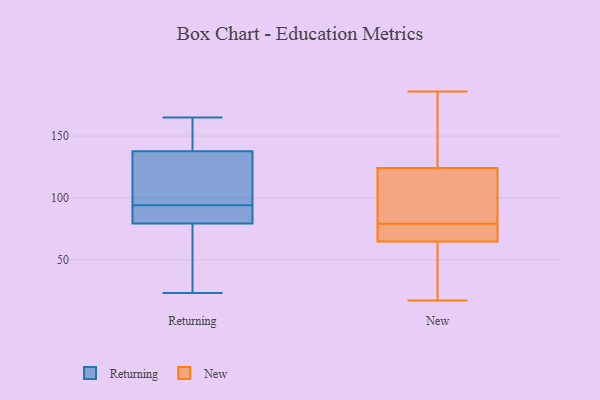
{"axis": {"x": "Backlog", "y": "Value"}, "legend": ["New", "Returning"], "data": [{"x": "", "y": 138, "type": "Returning"}, {"x": "", "y": 158, "type": "Returning"}, {"x": "", "y": 23, "type": "Returning"}, {"x": "", "y": 36, "type": "Returning"}, {"x": "", "y": 94, "type": "Returning"}, {"x": "", "y": 130, "type": "Returning"}, {"x": "", "y": 137, "type": "Returning"}, {"x": "", "y": 89, "type": "Returning"}, {"x": "", "y": 91, "type": "Returning"}, {"x": "", "y": 76, "type": "Returning"}, {"x": "", "y": 165, "type": "Returning"}, {"x": "", "y": 17, "type": "New"}, {"x": "", "y": 47, "type": "New"}, {"x": "", "y": 107, "type": "New"}, {"x": "", "y": 125, "type": "New"}, {"x": "", "y": 140, "type": "New"}, {"x": "", "y": 90, "type": "New"}, {"x": "", "y": 49, "type": "New"}, {"x": "", "y": 70, "type": "New"}, {"x": "", "y": 21, "type": "New"}, {"x": "", "y": 71, "type": "New"}, {"x": "", "y": 80, "type": "New"}, {"x": "", "y": 64, "type": "New"}, {"x": "", "y": 67, "type": "New"}, {"x": "", "y": 79, "type": "New"}, {"x": "", "y": 122, "type": "New"}, {"x": "", "y": 157, "type": "New"}, {"x": "", "y": 150, "type": "New"}, {"x": "", "y": 76, "type": "New"}, {"x": "", "y": 186, "type": "New"}]}